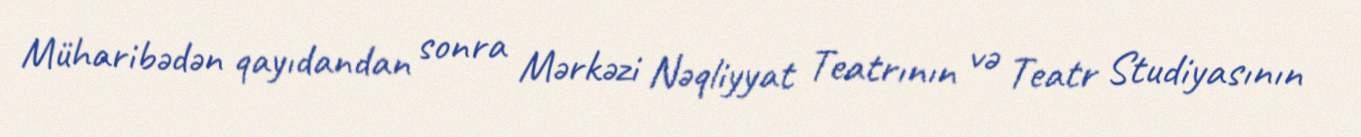
Müharibədən qayıdandan sonra Mərkəzi Nəqliyyat Teatrının və Teatr Studiyasının